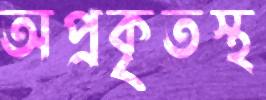
অপ্রকৃতস্থ